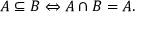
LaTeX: A \subseteq B \Leftrightarrow A \cap B = A .